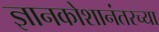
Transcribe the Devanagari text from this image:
ज्ञानकोशानंतरच्या